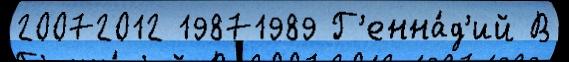
20072012 19871989 Г'енна́д'ий В